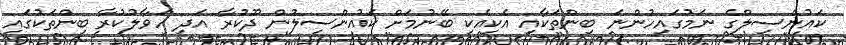
ކައުންސިލްގެ ނަމުގައިހުންނަ ބިންތަކާއި އެކިއެކި ބޭނުމަށް ކައުންސިލުން ދޫކުރާ އަދި ހަވާލުކުރާ ބިންތަކުގައި